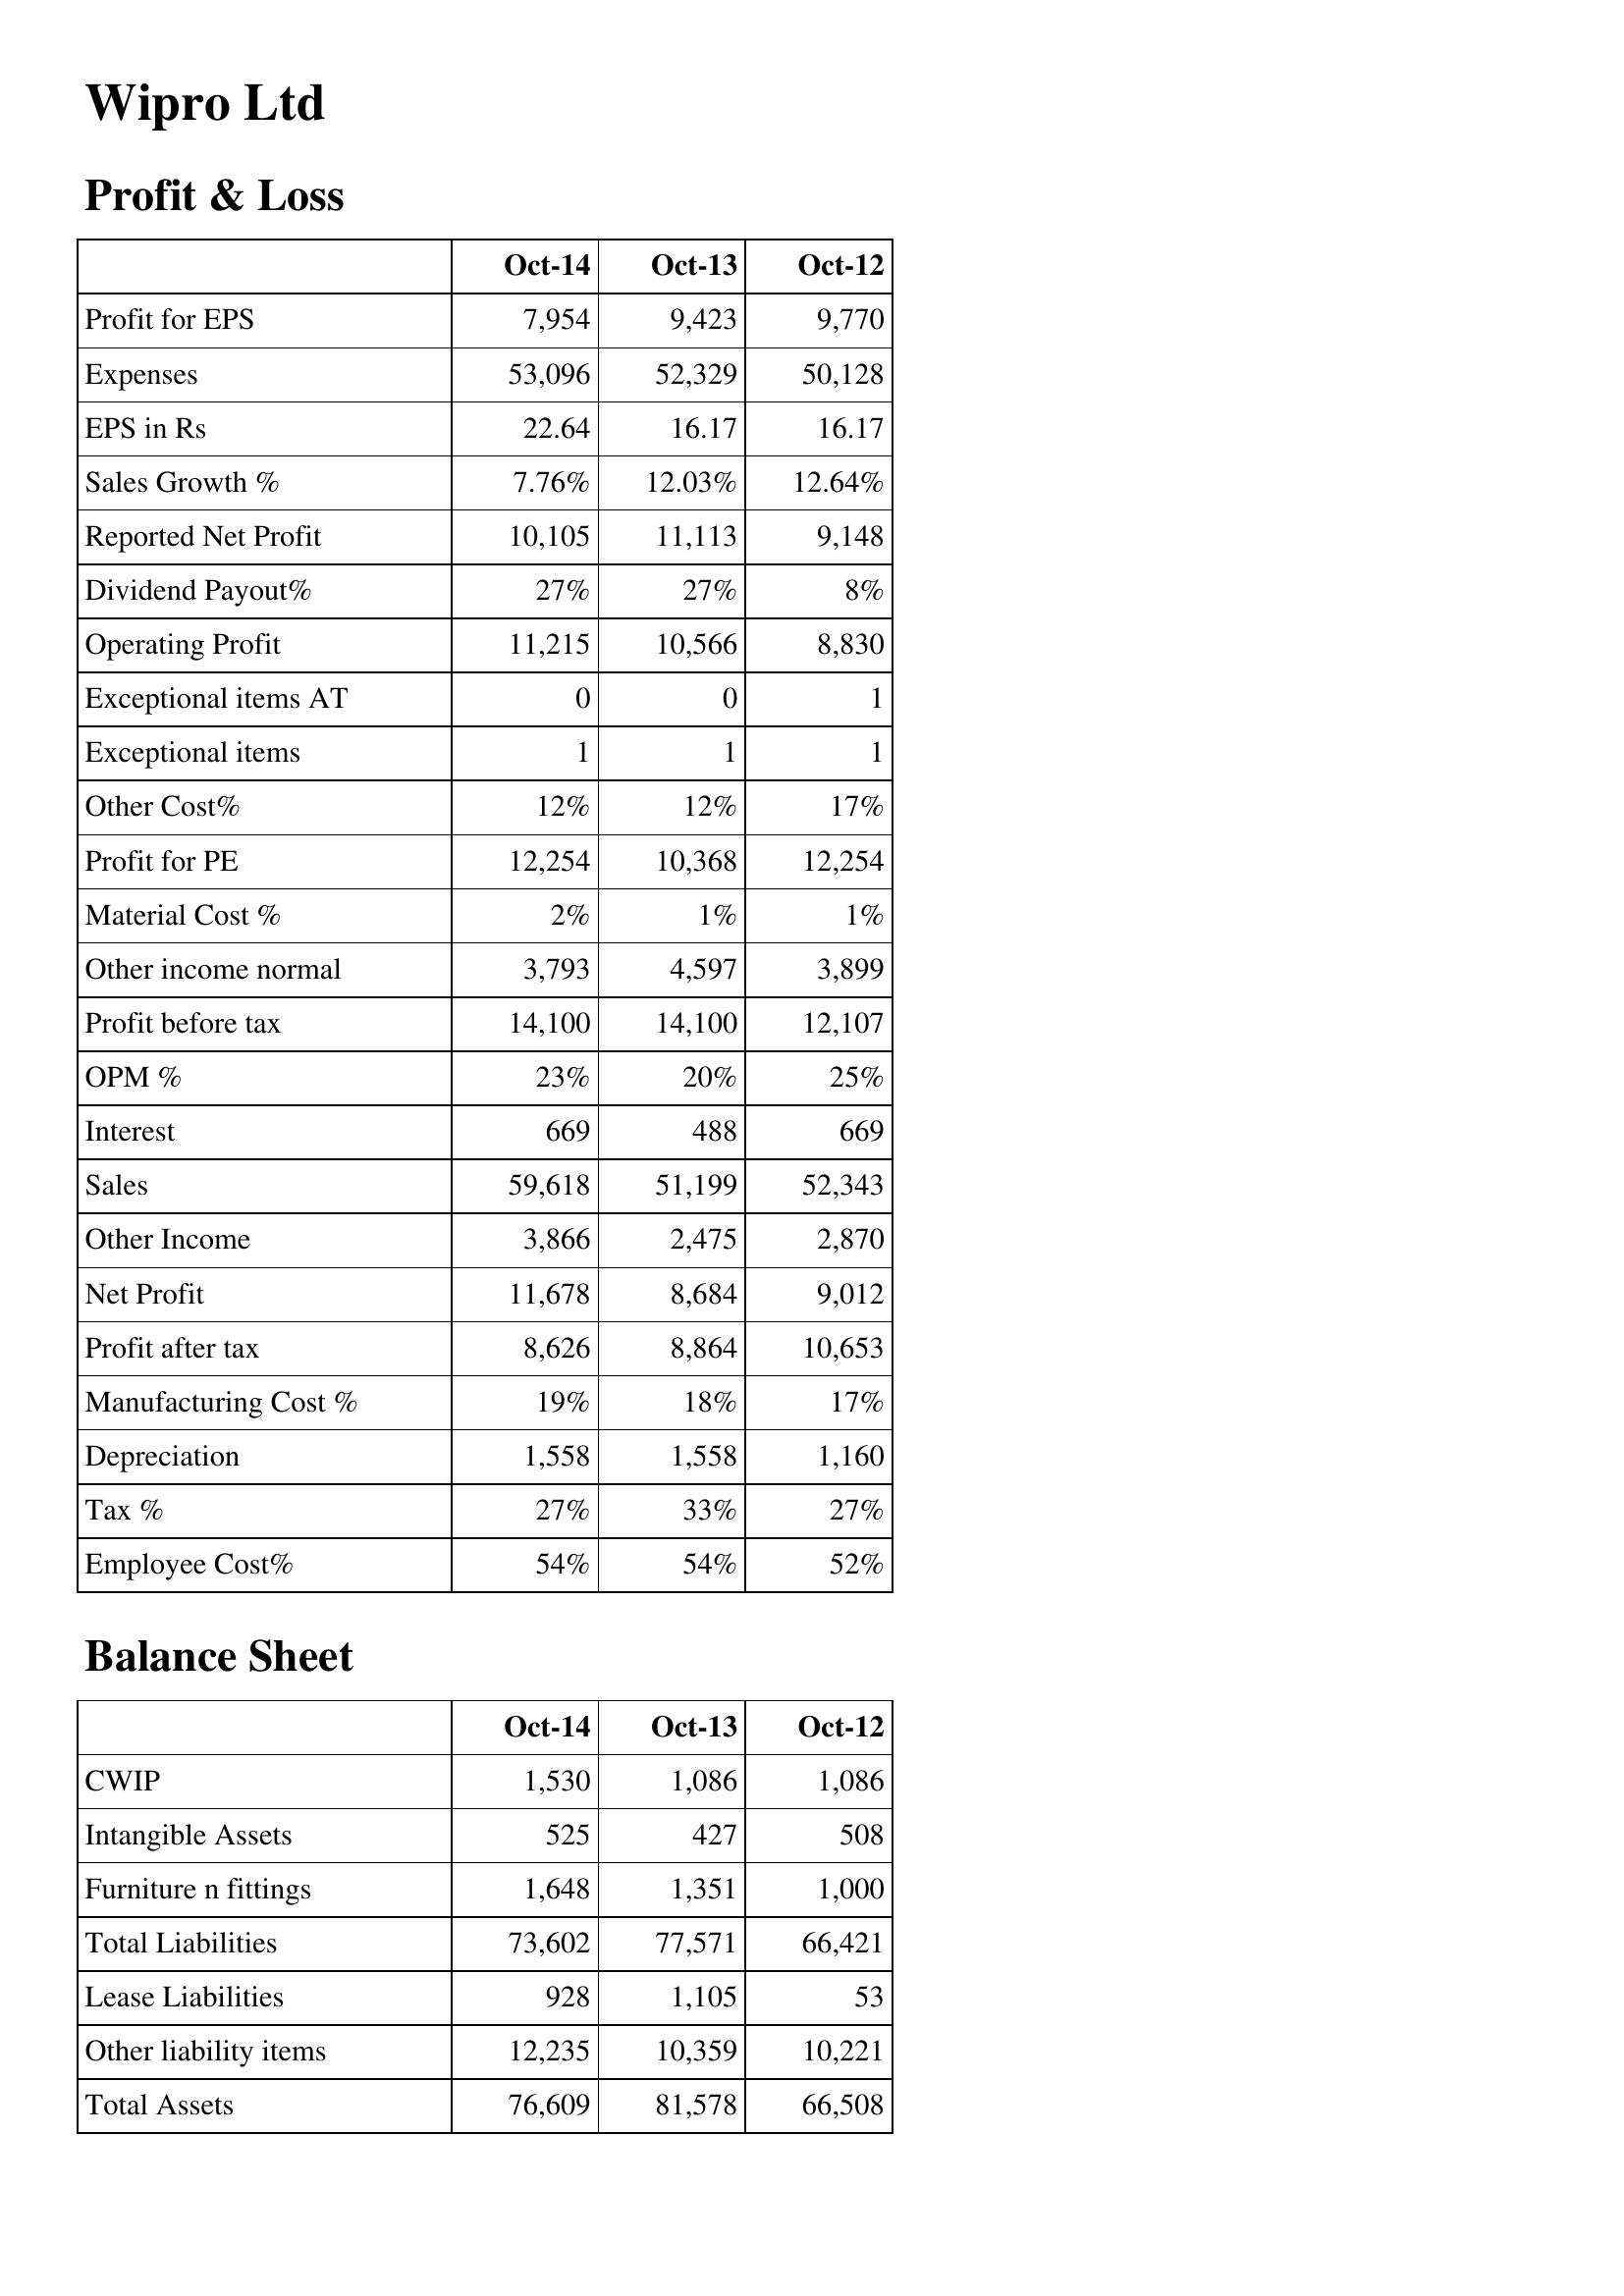
Oct-14: Profit & Loss: Profit for EPS: 7,954
Expenses: 53,096
EPS in Rs: 22.64
Sales Growth %: 7.76%
Reported Net Profit: 10,105
Dividend Payout%: 27%
Operating Profit: 11,215
Exceptional items AT: 0
Exceptional items: 1
Other Cost%: 12%
Profit for PE: 12,254
Material Cost %: 2%
Other income normal: 3,793
Profit before tax: 14,100
OPM %: 23%
Interest: 669
Sales: 59,618
Other Income: 3,866
Net Profit: 11,678
Profit after tax: 8,626
Manufacturing Cost %: 19%
Depreciation: 1,558
Tax %: 27%
Employee Cost%: 54%
Balance Sheet: CWIP: 1,530
Intangible Assets: 525
Furniture n fittings: 1,648
Total Liabilities: 73,602
Lease Liabilities: 928
Other liability items: 12,235
Total Assets: 76,609
Oct-13: Profit & Loss: Profit for EPS: 9,423
Expenses: 52,329
EPS in Rs: 16.17
Sales Growth %: 12.03%
Reported Net Profit: 11,113
Dividend Payout%: 27%
Operating Profit: 10,566
Exceptional items AT: 0
Exceptional items: 1
Other Cost%: 12%
Profit for PE: 10,368
Material Cost %: 1%
Other income normal: 4,597
Profit before tax: 14,100
OPM %: 20%
Interest: 488
Sales: 51,199
Other Income: 2,475
Net Profit: 8,684
Profit after tax: 8,864
Manufacturing Cost %: 18%
Depreciation: 1,558
Tax %: 33%
Employee Cost%: 54%
Balance Sheet: CWIP: 1,086
Intangible Assets: 427
Furniture n fittings: 1,351
Total Liabilities: 77,571
Lease Liabilities: 1,105
Other liability items: 10,359
Total Assets: 81,578
Oct-12: Profit & Loss: Profit for EPS: 9,770
Expenses: 50,128
EPS in Rs: 16.17
Sales Growth %: 12.64%
Reported Net Profit: 9,148
Dividend Payout%: 8%
Operating Profit: 8,830
Exceptional items AT: 1
Exceptional items: 1
Other Cost%: 17%
Profit for PE: 12,254
Material Cost %: 1%
Other income normal: 3,899
Profit before tax: 12,107
OPM %: 25%
Interest: 669
Sales: 52,343
Other Income: 2,870
Net Profit: 9,012
Profit after tax: 10,653
Manufacturing Cost %: 17%
Depreciation: 1,160
Tax %: 27%
Employee Cost%: 52%
Balance Sheet: CWIP: 1,086
Intangible Assets: 508
Furniture n fittings: 1,000
Total Liabilities: 66,421
Lease Liabilities: 53
Other liability items: 10,221
Total Assets: 66,508